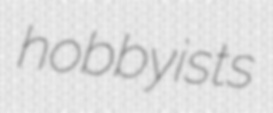
hobbyists